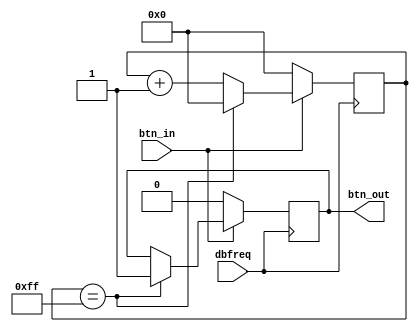
module debouncer(
    input dbfreq,
    input btn_in,
    output btn_out
    );

reg[7:0] counter;

always @ (posedge dbfreq)
begin
	if (btn_in == 0)
	begin
		counter <= 0;
		btn_out <= 0;
	end
	else
	begin
		counter <= counter + 1;
		if (counter == 8'b11111111)
		begin
			btn_out <= 1;
			counter <= 0;
		end
	end
end

endmodule